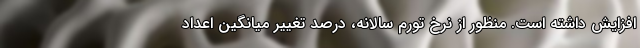
افزایش داشته است. منظور از نرخ تورم سالانه، درصد تغییر میانگین اعداد